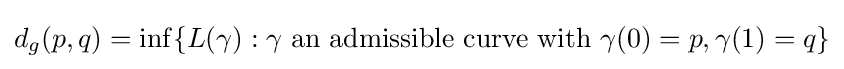
d_{g}(p,q)=\inf\{L(\gamma ):\gamma {\text{ an admissible curve with }}\gamma (0)=p,\gamma (1)=q\}